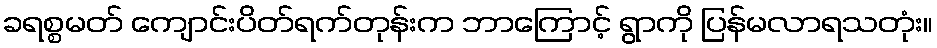
ခရစ္စမတ် ကျောင်းပိတ်ရက်တုန်းက ဘာကြောင့် ရွာကို ပြန်မလာရသတုံး။